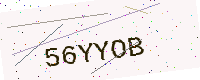
Text: 56YYOB